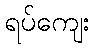
ရပ်ကျေး